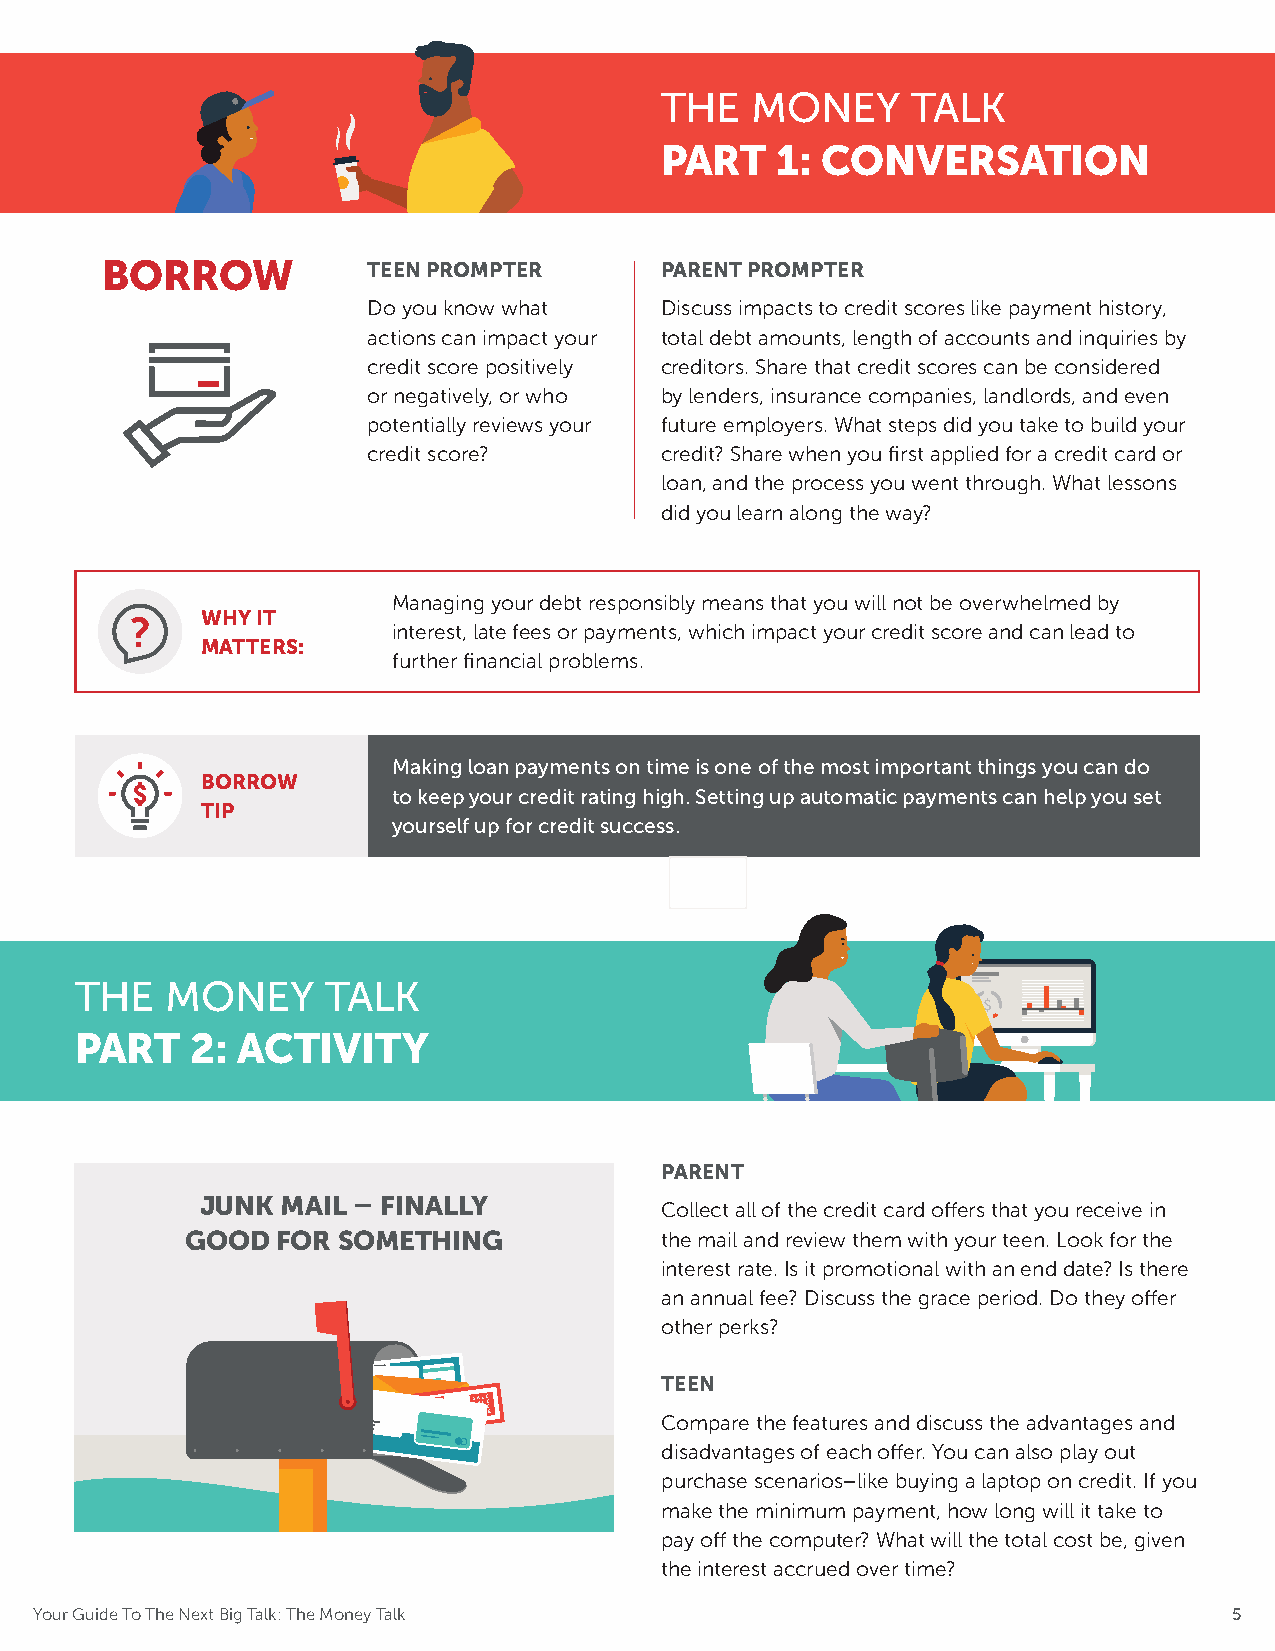
THE   MONEY     TALK
 PART   1: CONVERSATION
 BORROW           TEEN PROMPTER       PARENT PROMPTER
 Do you know what    Discuss impacts to credit scores like payment history,
 actions can impact your total debt amounts, length of accounts and inquiries by
 credit score positively creditors. Share that credit scores can be considered
 or negatively, or who by lenders, insurance companies, landlords, and even
 potentially reviews your future employers. What steps did you take to build your
 credit score?       credit? Share when you first applied for a credit card or
 loan, and the process you went through. What lessons
 did you learn along the way?
 Managing your debt responsibly means that you will not be overwhelmed by
 WHY IT
 ?
 interest, late fees or payments, which impact your credit score and can lead to
 MATTERS:
 further financial problems.
 Making loan payments on time is one of the most important things you can do
 BORROW
 to keep your credit rating high. Setting up automatic payments can help you set
 TIP
 yourself up for credit success.
 THE   MONEY      TALK
 PART    2: ACTIVITY
 PARENT
 JUNK  MAIL – FINALLY
 Collect all of the credit card offers that you receive in
 GOOD  FOR SOMETHING             the mail and review them with your teen. Look for the
 interest rate. Is it promotional with an end date? Is there
 an annual fee? Discuss the grace period. Do they offer
 other perks?
 TEEN
 0.0% SSSSAAAALLLLEEEE
 Compare the features and discuss the advantages and
 disadvantages of each offer. You can also play out
 purchase scenarios–like buying a laptop on credit. If you
 make the minimum payment, how long will it take to
 pay off the computer? What will the total cost be, given
 the interest accrued over time?
 Your Guide To The Next Big Talk: The Money Talk                                 5